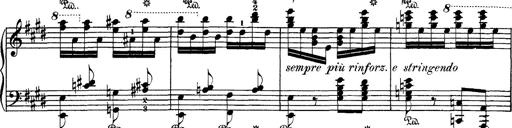
Title: Hungarian Rhapsody No.1
Composer: Franz Liszt
Key: C-sharp minor